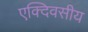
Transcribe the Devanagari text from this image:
एक्दिवसीय